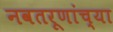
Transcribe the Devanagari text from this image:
नवतरूणांच्या